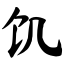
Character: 饥